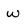
Character: w